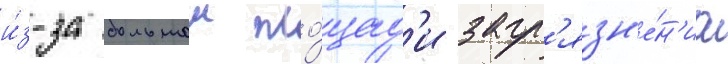
и́з-за большои пло́щад'и загр'язн'е́н'иа